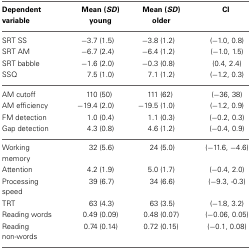
<table><thead><tr><td><b>Dependent variable</b></td><td><b>Mean (<i>SD</i>) young</b></td><td><b>Mean (<i>SD</i>) older</b></td><td><b>CI</b></td></tr></thead><tbody><tr><td>SRT SS</td><td>−3.7 (1.5)</td><td>−3.8 (1.2)</td><td>(−1.0, 0.8)</td></tr><tr><td>SRT AM</td><td>−6.7 (2.4)</td><td>−6.4 (1.2)</td><td>(−1.0, 1.5)</td></tr><tr><td>SRT babble</td><td>−1.6 (2.0)</td><td>−0.3 (0.8)</td><td>(0.4, 2.4)</td></tr><tr><td>SSQ</td><td>7.5 (1.0)</td><td>7.1 (1.2)</td><td>(−1.2, 0.3)</td></tr><tr><td>AM cutoff</td><td>110 (50)</td><td>111 (62)</td><td>(−36, 38)</td></tr><tr><td>AM efficiency</td><td>−19.4 (2.0)</td><td>−19.5 (1.0)</td><td>(−1.2, 0.9)</td></tr><tr><td>FM detection</td><td>1.0 (0.4)</td><td>1.1 (0.3)</td><td>(−0.2, 0.3)</td></tr><tr><td>Gap detection</td><td>4.3 (0.8)</td><td>4.6 (1.2)</td><td>(−0.4, 0.9)</td></tr><tr><td>Working memory</td><td>32 (5.6)</td><td>24 (5.0)</td><td>(−11.6, −4.6)</td></tr><tr><td>Attention</td><td>4.2 (1.9)</td><td>5.0 (1.7)</td><td>(−0.4, 2.0)</td></tr><tr><td>Processing speed</td><td>39 (6.7)</td><td>34 (6.6)</td><td>(−9.3, −0.3)</td></tr><tr><td>TRT</td><td>63 (4.3)</td><td>63 (3.5)</td><td>(−1.8, 3.2)</td></tr><tr><td>Reading words</td><td>0.49 (0.09)</td><td>0.48 (0.07)</td><td>(−0.06, 0.05)</td></tr><tr><td>Reading non-words</td><td>0.74 (0.14)</td><td>0.72 (0.15)</td><td>(−0.1, 0.08)</td></tr></tbody></table>